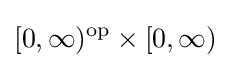
[0,\infty )^{\operatorname {op} }\times [0,\infty )